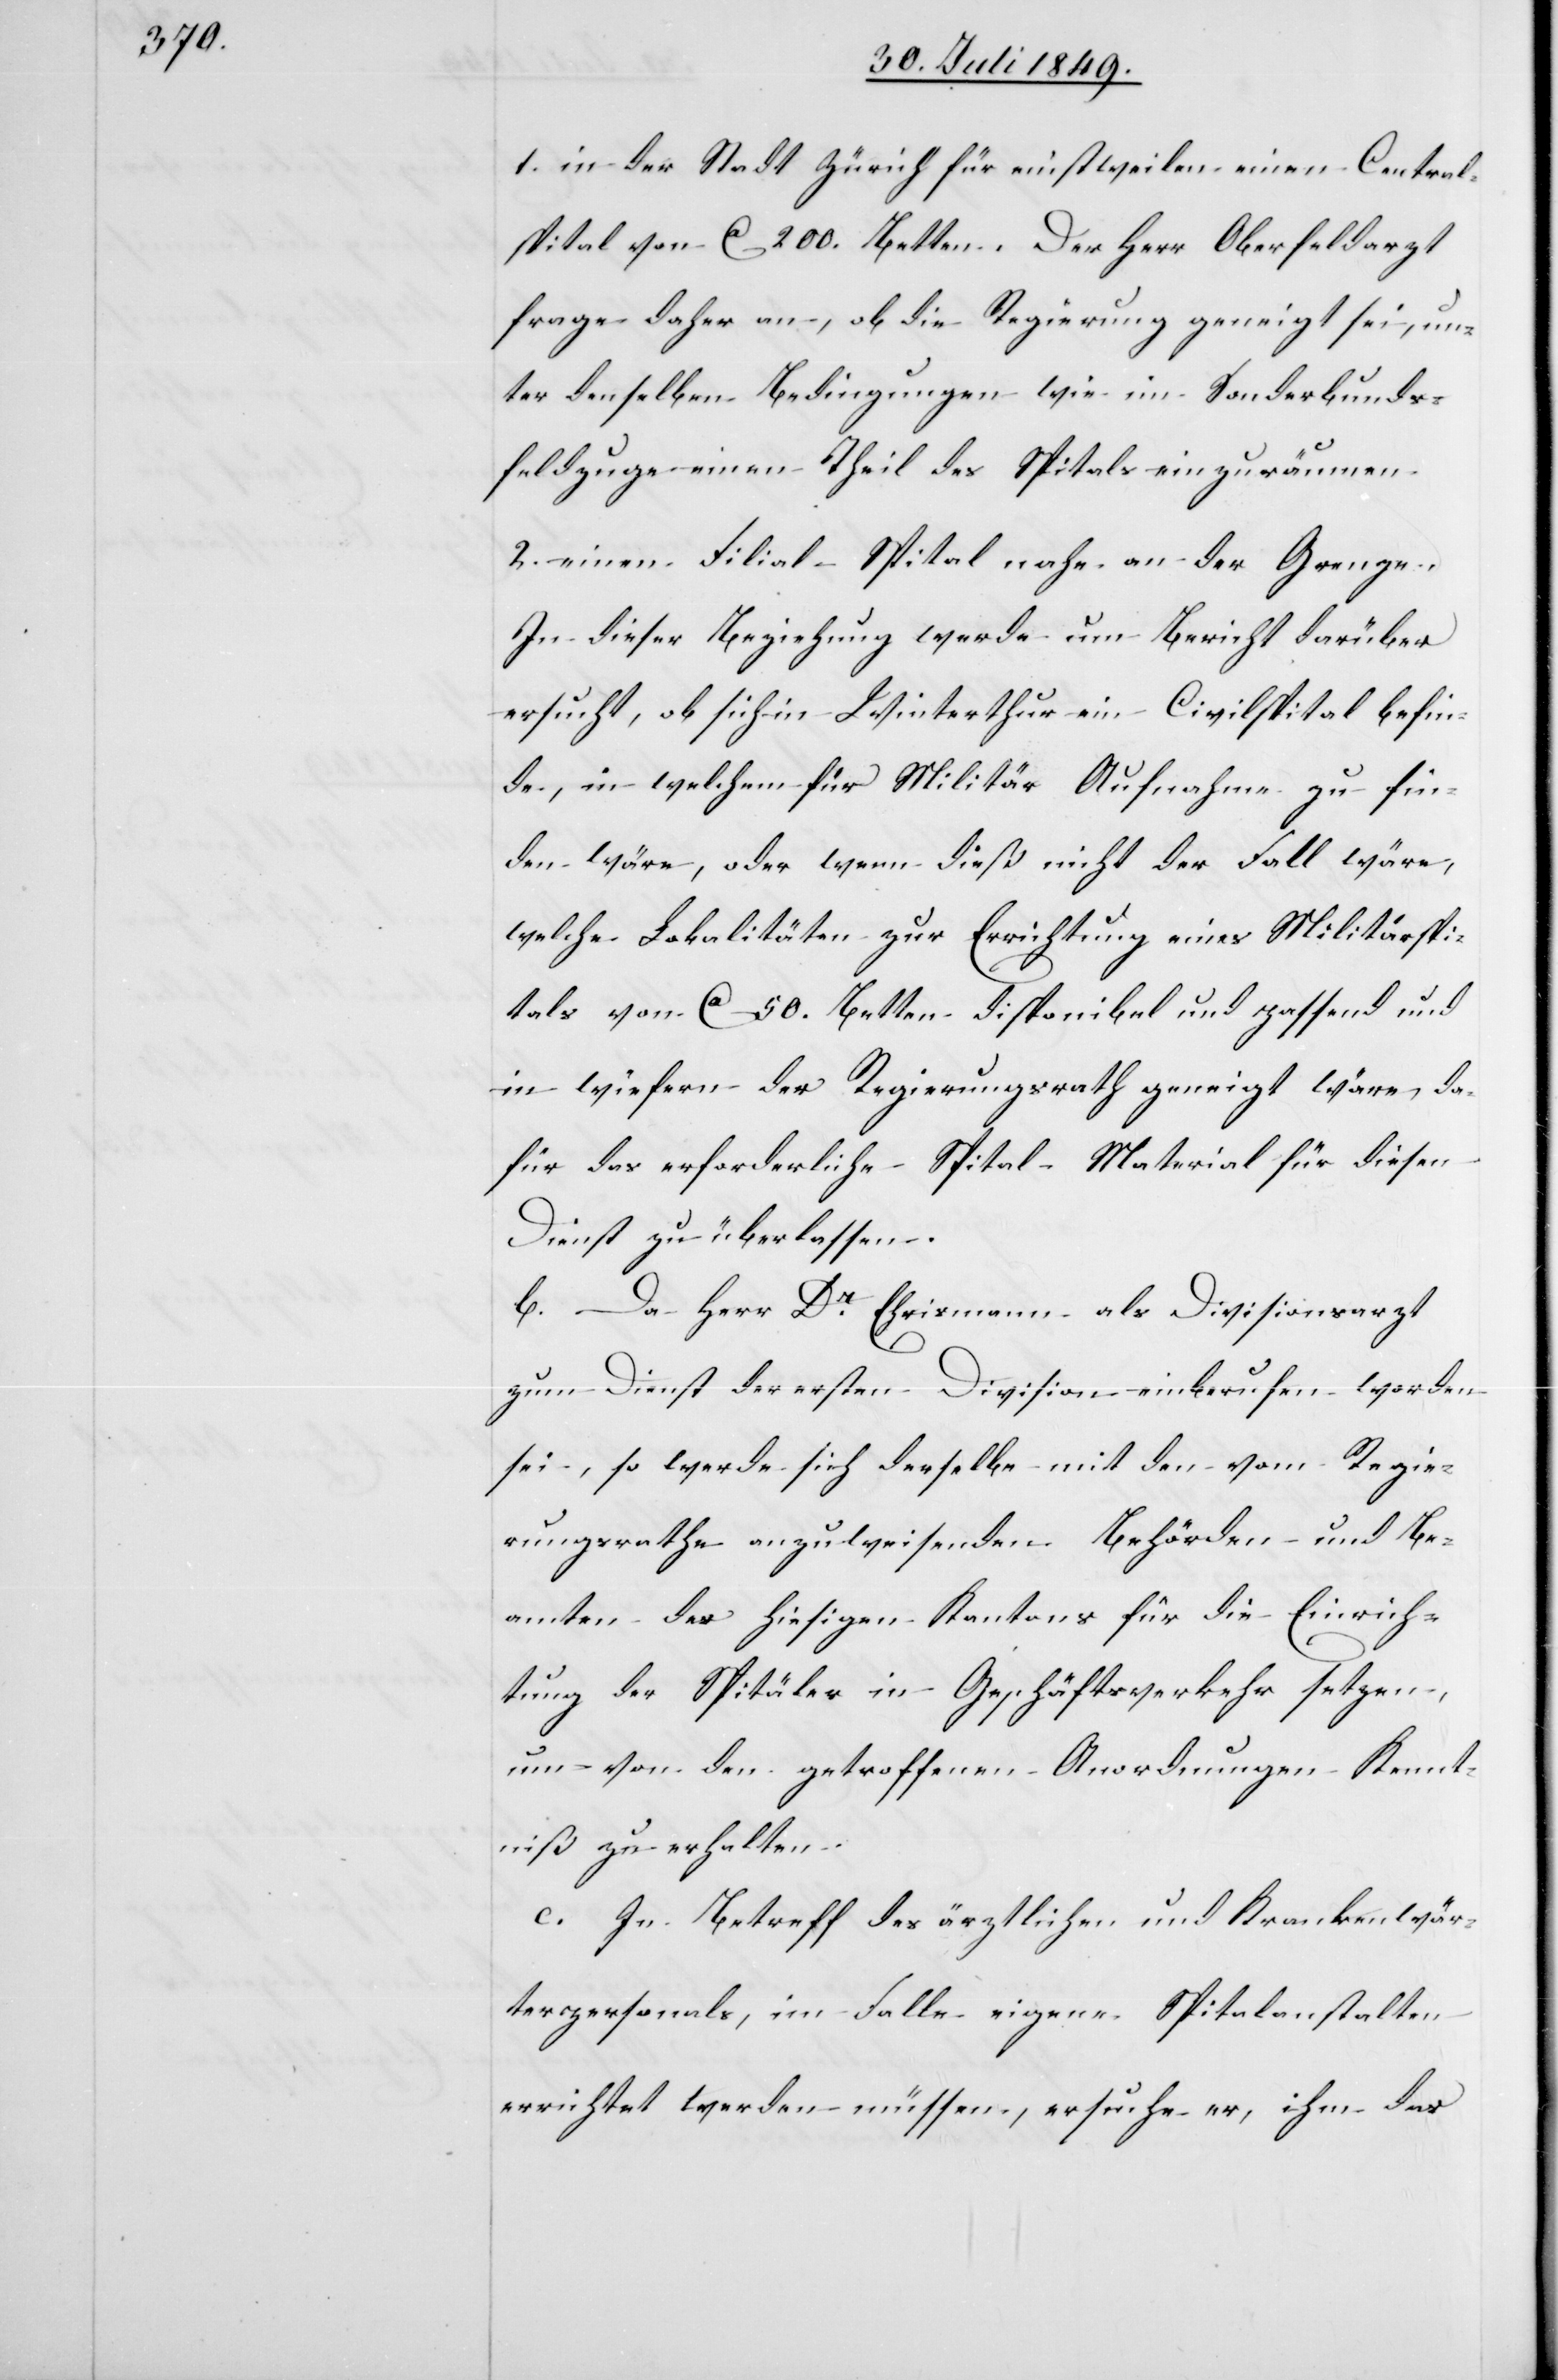
1. in der Stadt Zürich für einstweilen einen Central¬
spital von ca. 200. Betten. Der Herr Oberfeldarzt
frage daher an, ob die Regierung geneigt sei, un¬
ter denselben Bedingungen wie im Sonderbunds¬
feldzuge einen Theil des Spitals einzuräumen.
2. einen Filial-Spital nahe an der Grenze.
In dieser Beziehung werde um Bericht darüber
ersucht, ob sich in Winterthur ein Civilspital befin¬
de, in welchem für Militär Aufnahme zu fin¬
den wäre, oder wenn dieß nicht der Fall wäre,
welche Lokalitäten zur Errichtung eines Militärspi¬
tals von ca 50. Betten disponibel und passend und
in wiefern der Regierungsrath geneigt wäre, da¬
für das erforderliche Spital-Material für diesen
Dienst zu überlassen.
b. Da Herr Dr. Ehrismann als Divisionsarzt
zum Dienst der ersten Division einberufen worden
sei, so werde sich derselbe mit den vom Regie¬
rungsrathe anzuweisenden Behörden und Be¬
amten des hiesigen Kantons für die Einrich¬
tung der Spitäler in Geschäftsverkehr setzen,
um von den getroffenen Anordnungen Kennt¬
niß zu erhalten.
c. In Betreff des ärztlichen und Krankenwär¬
terpersonals, im Falle eigene Spitalanstalten
errichtet werden müssen, ersuche er, ihm das